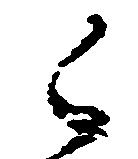
候